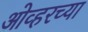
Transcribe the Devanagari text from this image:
ओव्हरच्या